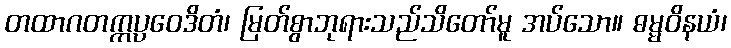
တထာဂတက္ကပ္ပဝေဒိတံ၊ မြတ်စွာဘုရားသည်သိတော်မူ အပ်သော။ ဓမ္မဝိနယံ၊